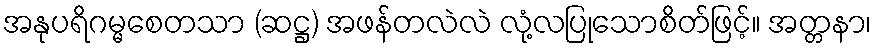
အနုပရိဂမ္မစေတသာ (ဆဋ္ဌ) အဖန်တလဲလဲ လုံ့လပြုသောစိတ်ဖြင့်။ အတ္တနာ၊